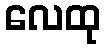
လေထု